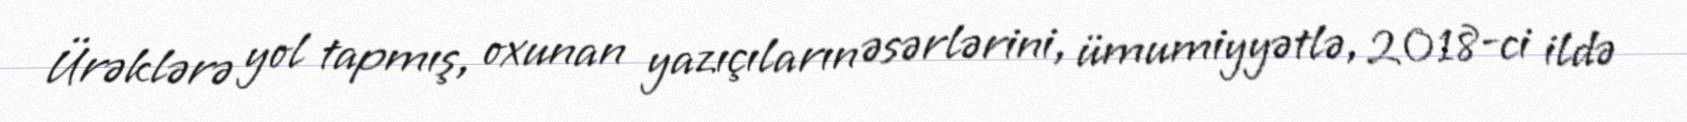
Ürəklərə yol tapmış, oxunan yazıçıların əsərlərini, ümumiyyətlə, 2018-ci ildə